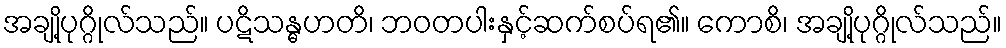
အချို့ပုဂ္ဂိုလ်သည်။ ပဋိသန္ဓဟတိ၊ ဘဝတပါးနှင့်ဆက်စပ်ရ၏။ ကောစိ၊ အချို့ပုဂ္ဂိုလ်သည်။